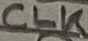
Text: CLK